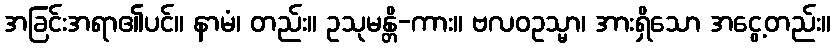
အခြင်းအရာ၏ပင်။ နာမံ၊ တည်း။ ဥသုမန္တိ-ကား။ ဗလဝဥသ္မာ၊ အားရှိသော အငွေ့တည်း။